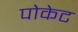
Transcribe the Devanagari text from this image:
पोकेट